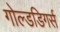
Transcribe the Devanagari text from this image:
गोल्डडिगर्स